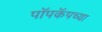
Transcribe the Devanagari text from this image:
पॉपकॅपच्या